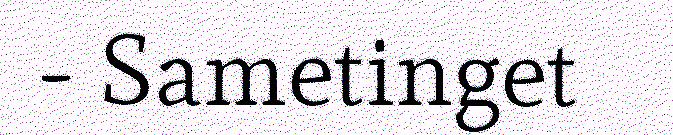
- Sametinget